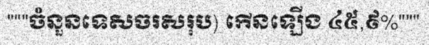
"""ចំនួនទេសចរសរុប) កើនឡើង ៤៥,៩%"""